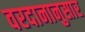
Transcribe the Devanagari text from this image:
वरदानानुसार